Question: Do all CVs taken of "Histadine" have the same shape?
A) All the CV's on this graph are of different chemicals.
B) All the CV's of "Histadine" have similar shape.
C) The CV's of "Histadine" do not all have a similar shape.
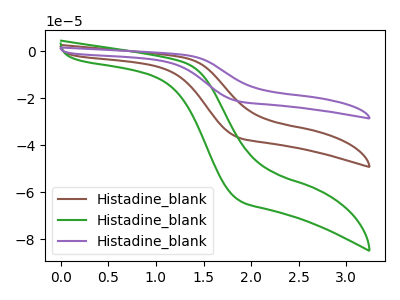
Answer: <think>The brown curve "Histadine_blank1" has no peaks. The green curve "Histadine_blank2" has no peaks. The purple curve "Histadine_blank3" has no peaks.
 Neither "Histadine_blank1" or "Histadine_blank2" have any peaks. Neither "Histadine_blank1" or "Histadine_blank3" have any peaks. Neither "Histadine_blank2" or "Histadine_blank3" have any peaks.</think>
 <answer>B) All the CV's of "Histadine" have similar shape.</answer>
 <eval>B</eval>